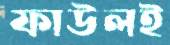
ফাউলই